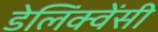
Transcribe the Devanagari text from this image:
डेलिंक्वेंसी